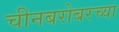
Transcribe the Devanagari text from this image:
चीनबरोबरच्या